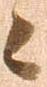
候